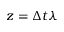
z = \Delta t \lambda